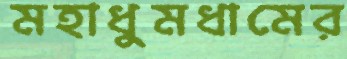
মহাধুমধামের